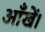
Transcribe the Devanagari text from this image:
आँखें।